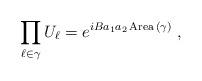
LaTeX: \begin{align*}\prod_{\ell\in\gamma}U_\ell = e^{iB a_1 a_2\,{\rm Area}\,(\gamma)}\; ,\end{align*}